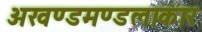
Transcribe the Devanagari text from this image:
अखण्डमण्डलाकार